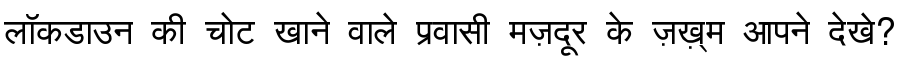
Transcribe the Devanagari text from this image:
लॉकडाउन की चोट खाने वाले प्रवासी मज़दूर के ज़ख़्म आपने देखे?